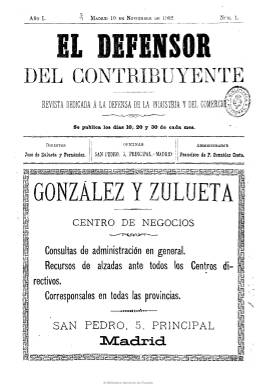
Título: El Defensor del contribuyente
Colección: Economía || Industria
Ámbito geográfico: Madrid
Lugar de publicación: Madrid
Fechas: 10/11/1902-25/11/1914

Revista dedicada a la defensa de la industria y el comercio, tal como indica su subtítulo, es editada por el Centro de Negocios ‘González y Zulueta’, bufete jurídico, administrativo y comercial dedicado a la consultoría y gestoría, contando para ello con magistrados, abogados, procuradores y notarios como expertos, así como corresponsales en las capitales de provincias y en otras partes de ultramar y el extranjero. La revista era gratuita para sus asociados y para las entidades oficiales y empresas.

Su primer director es José de Zulueta y Fernández, que después será reemplazado por Pedro de Valdivia y Valdivia y, por último por Antonio A. Alonso. Como administrador de la publicación aparece Francisco de P. González Costa.

Publica artículos y crónicas de economía, finanzas, banca, comercio, industria, gremios profesionales, agricultura, transportes, seguros, exportación, consumo, etc. Noticias generales sobre empresas, entidades públicas y privadas (ayuntamientos, cámaras de comercio, etc.), subastas, quiebras, suspensiones de pagos, precios en los mercados, patentes y marcas, demandas judiciales, etc. Cuenta con una sección de Consultas, e inserta abundantes anuncios comerciales. Sin ilustraciones en sus páginas de texto.

Aparece el diez de noviembre de 1902, en entregas de ocho páginas, compuesta a dos columnas, y frecuencia decenal, que pronto lo será semanal (saliendo los miércoles) y por último, quincenal, alcanzando hasta las 16 páginas. El 357 es el último número de la colección (que está incompleta), correspondiente al 25 de noviembre de 1914, desconociéndose si continuó publicándose.